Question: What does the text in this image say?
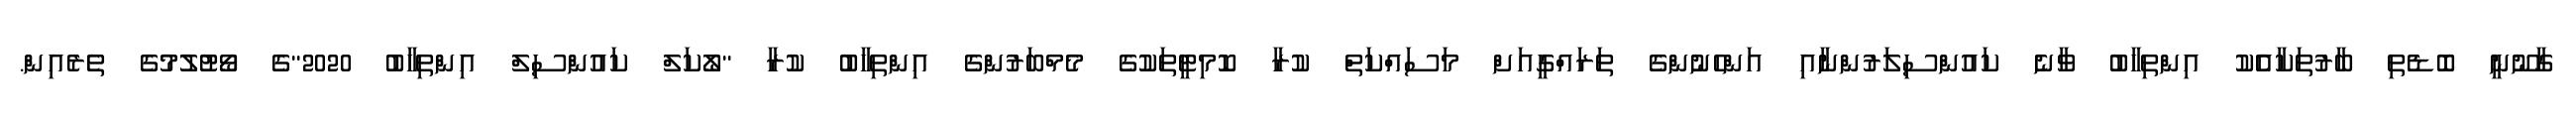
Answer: ގާނޫނީ ބޮޑެތި ބާރުތަކާއެެކު އިންތިހާބު ވާނެ ކައުންސިލަރުންނާއި އަންހެނުންގެ ތަރައްގީއަށް މަސައްކަތް ކުރާ ކޮމިޓީތަކުގެ މެމްބަރުންގެ އިންތިހާބު ކުރާ "ލޯކަލް ކައުންސިލް އިންތިހާބު 2020"ގެ ވޯޓުލުމުގެ ތެރެއިން.